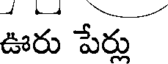
ఊరు పేర్లు